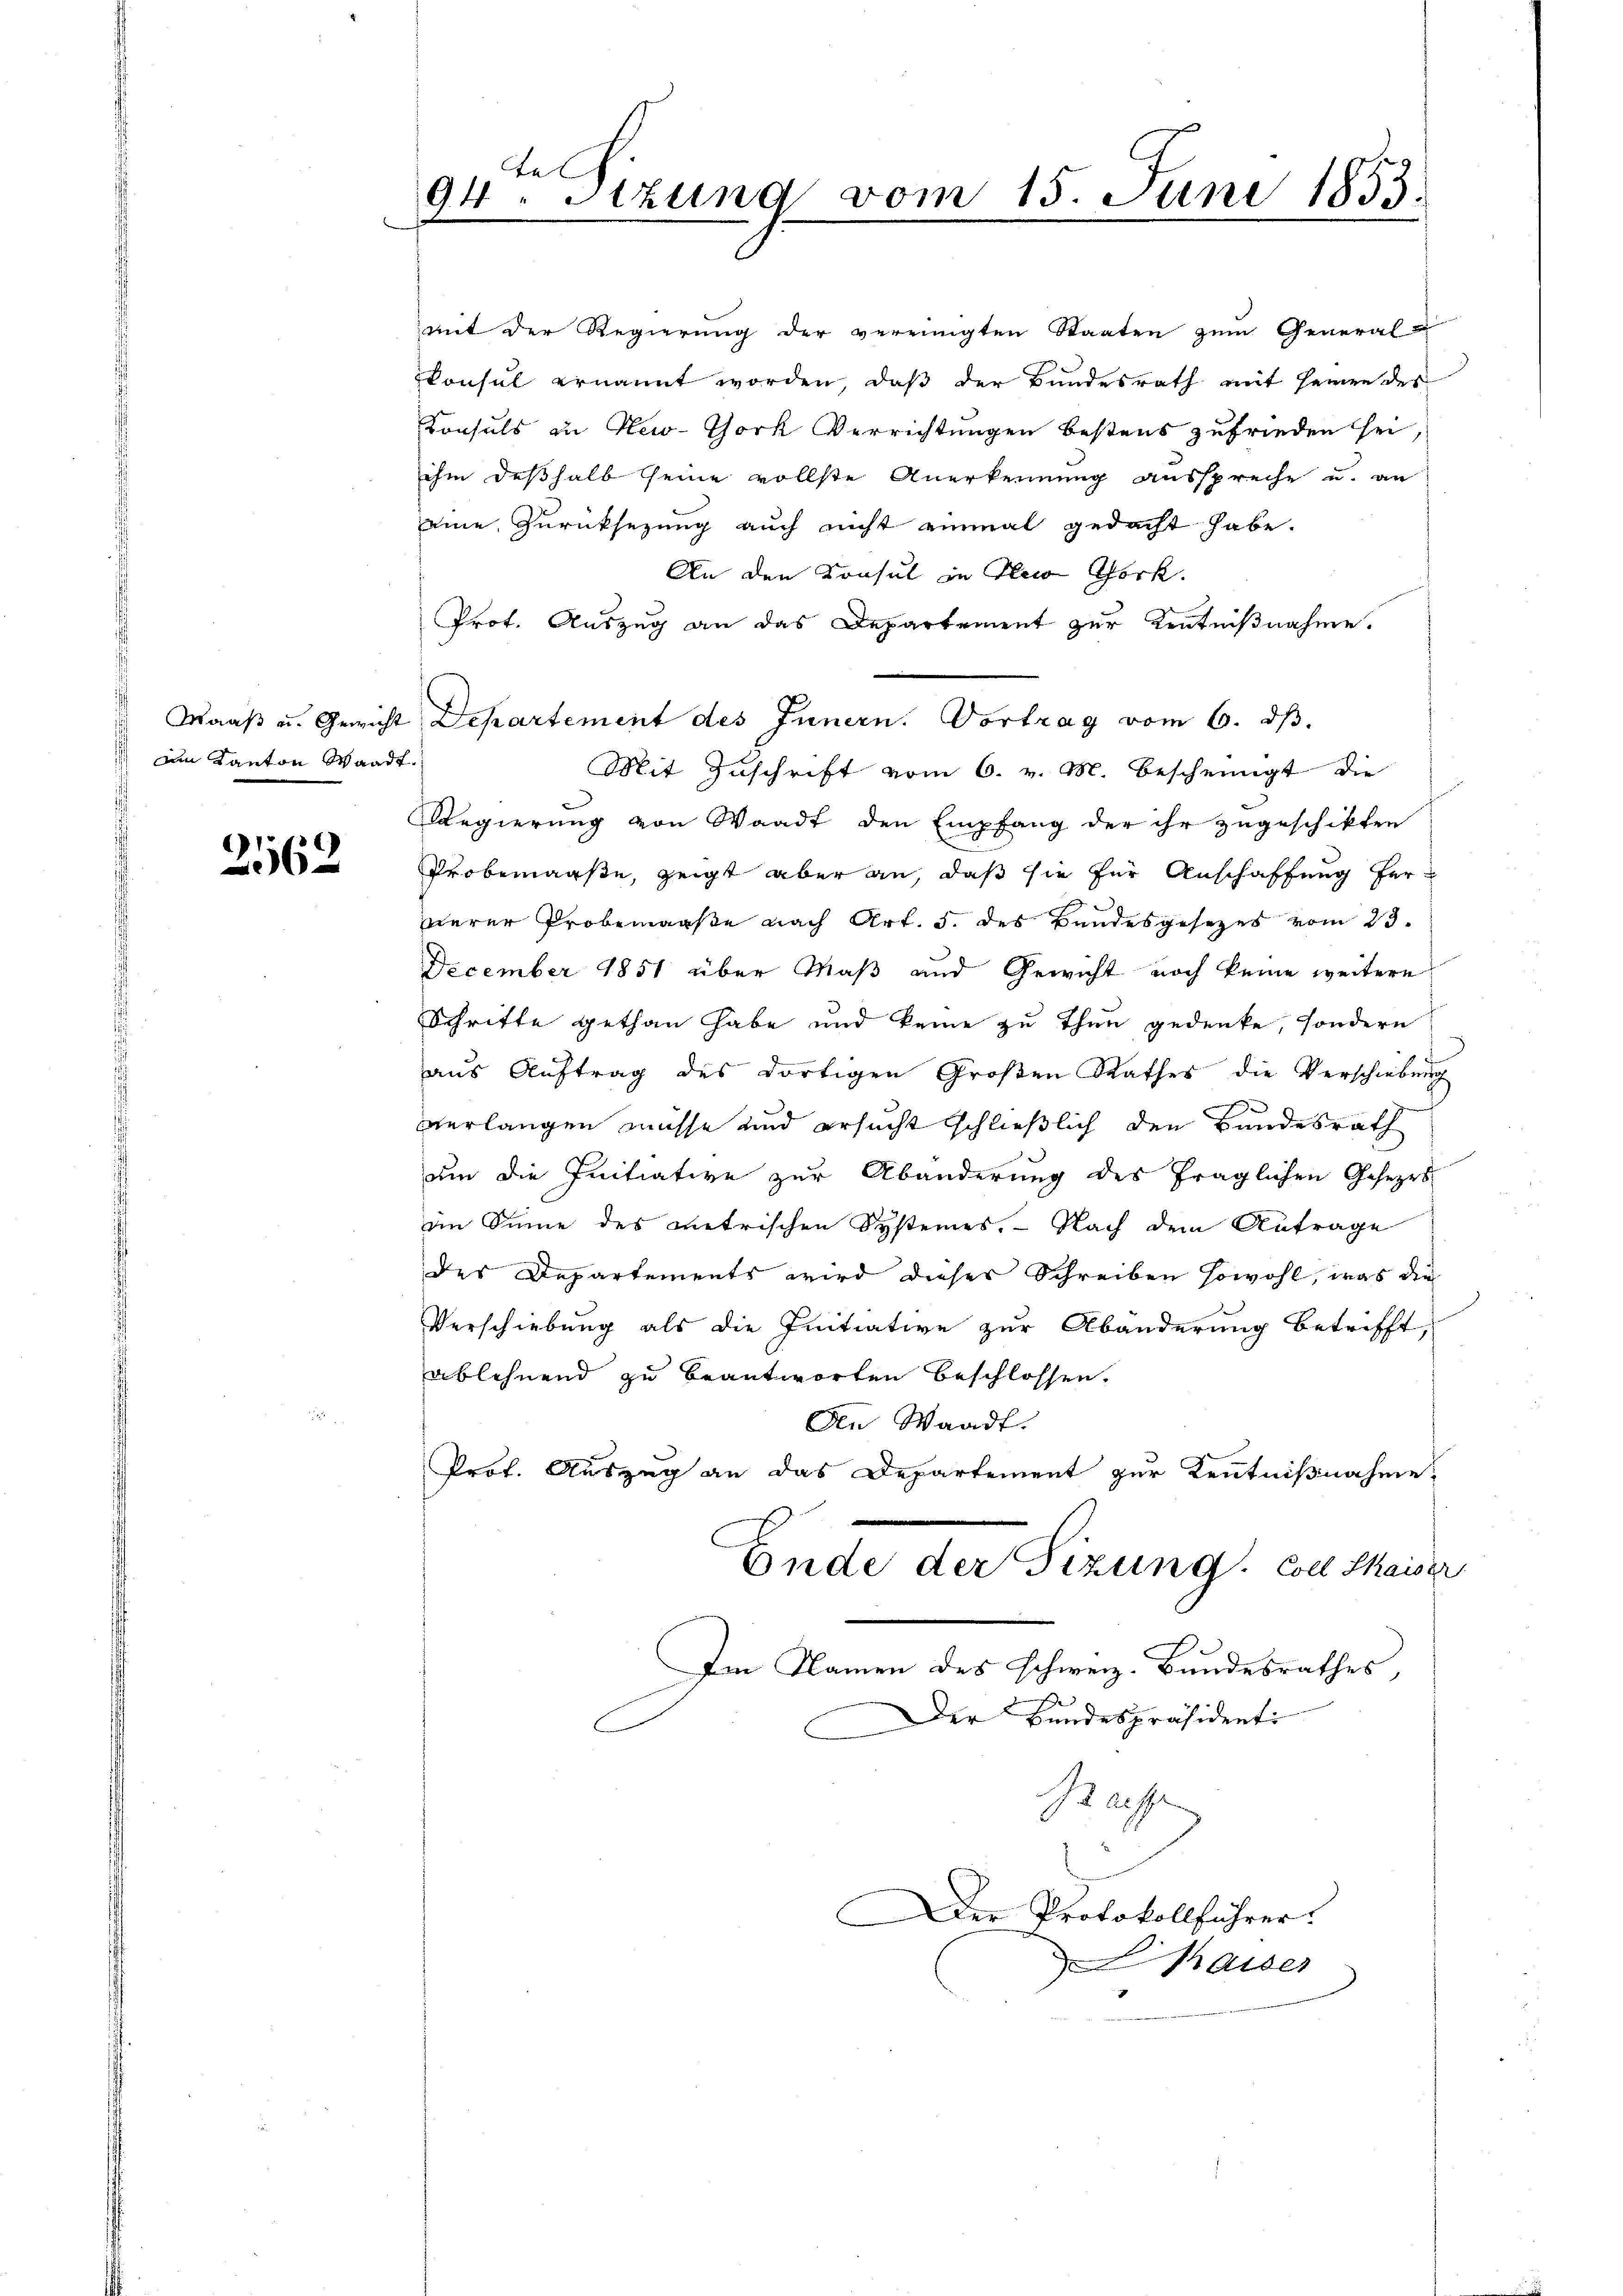
m Kanton Waadt.

2162

te
94. Sitzung vom 15. Juni 1853.

mit der Regierung der vereinigten Staaten zum General-
konsul ernannt worden, daß der Bundesrath mit seinen des
Konsuls in New-Thork Verrichtungen bestens zufrieden sei
ihm deßhalb seine vollste Anerkennung ausspreche u. an
eine Zurücksezung auch nicht einmal gedacht habe.
An den Konsul in Sei Pock.
Prot. Auszug an das Departement zur Kenntnißnahme.
Mit Zuschrift vom 6. v. M. bescheinigt die
Regierung von Waadt den Empfang der ihr zugeschikten
Probemaaße, zeigt aber an, daß sie für Anschaffung fernerer Probemaaße nach Art. 5. des Bundesgesezes vom 23.
December 1851 über Maß und Gewicht noch keine weitere
Schritte gethan habe und keine zu thun gedenke, sondern
aŭs Aŭftrag des dortigen Großen Rathes die Verschiebung
verlangen müsse und ersucht schließlich den Bundesrath
um die Initiative zur Abänderung des fraglichen Gesezes
im Sinne des metrischen Systemes. — Nach dem Antrage
des Departements wird dieses Schreiben sowohl, was die
Verschiebung als die Initiative zur Abänderung betrifft,
ablehnend zu beantworten beschlossen.
An Waadt.
Prof. Auszug an das Departement zur Kenntnißnahme,
Ende der Sizung. Coll Shaiser
Im Namen des schweiz. Bundesrathes,
Der Bundespräsidenti
Praese
Der Protokollführer.
haiser

Maaβ u. Gericht Departement des Innern. Vortrag vom 6. ds.